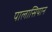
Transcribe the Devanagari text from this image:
पालासियान